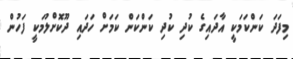
މިފަދަ ކަންކަމަކީ އާދައިގެ ކުދި ކުދި ކަންކަން ކަމަށް ހަދައި ދޫކޮށްލުމަކީ ފަހުން